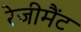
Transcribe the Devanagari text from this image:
रेजीमैंट